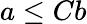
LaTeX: a\leq Cb